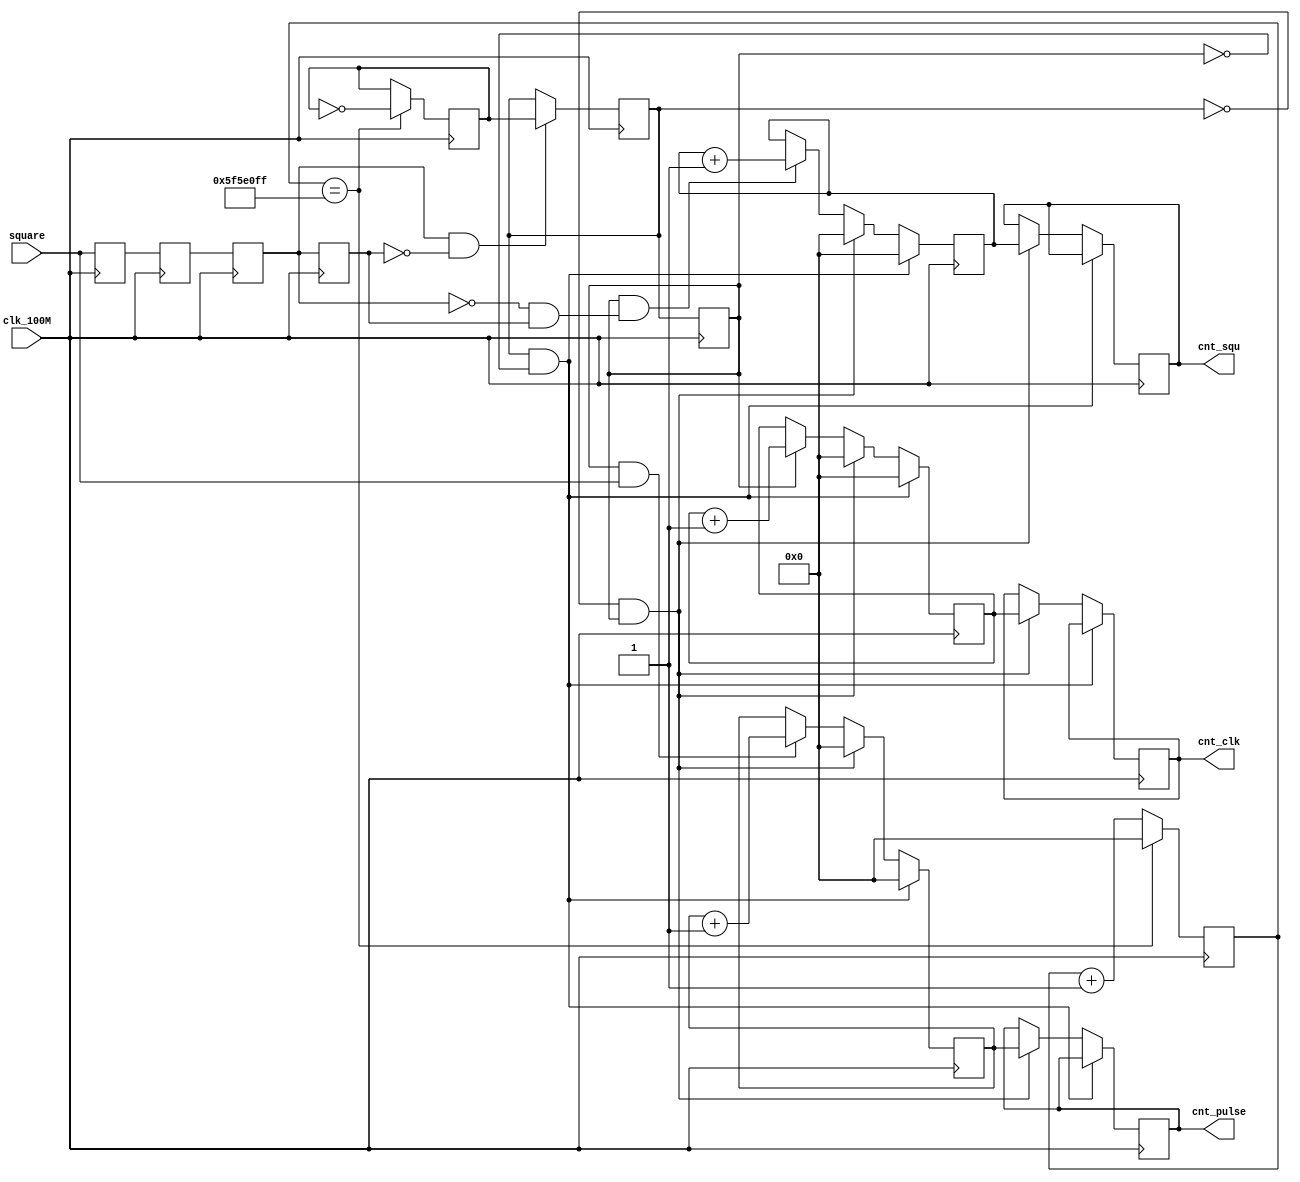
module Freq_measure
(
	input		wire		clk_100M,
	input		wire 		square,
	output	wire		[31:0]	cnt_clk,			//
	output	wire		[31:0]	cnt_squ,			//
	output	wire		[31:0]	cnt_pulse			//
);

//
reg	square_r0 = 1'b0;
reg	square_r1 = 1'b0;
always@(posedge clk_100M)
begin
	square_r0 <= square;
	square_r1 <= square_r0;	//
end

//
reg	square_r2 = 1'b0;
reg	square_r3 = 1'b0;
wire	square_pose,square_nege;
always@(posedge clk_100M)
begin
	square_r2 <= square_r1;
	square_r3 <= square_r2;
end
assign	square_pose = square_r2 & ~square_r3;
assign	square_nege = ~square_r2 & square_r3;

// 1s 
reg	[31:0]cnt1 = 32'd0;		// 1s 
reg	gate = 1'b0;				//
always@(posedge clk_100M)
begin
	if(cnt1 == 32'd99_999_999)	begin		//***********
		cnt1 <= 32'd0;
		gate <= ~gate;
	end
	else	begin
		cnt1 <= cnt1+1'b1;
	end
end

//
reg	gatebuf = 1'b0;
always@(posedge clk_100M)
begin
	if(square_pose == 1'b1)
		gatebuf <= gate;		//
end
reg	gatebuf1 = 1'b0;		//
always@(posedge clk_100M)
begin
		gatebuf1 <= gatebuf;
end

wire	gate_start;
wire	gate_end;
assign	gate_start = gatebuf & ~gatebuf1;		//
assign	gate_end   = ~gatebuf & gatebuf1;		//

//
reg	[31:0] cnt2  = 32'd0;
reg	[31:0] cnt2_r = 32'd0;
always@(posedge clk_100M)
begin
	if(gate_start == 1'b1) begin
		cnt2 <= 32'd0;
	end
	else if(gate_end == 1'b1) begin
		cnt2_r <= cnt2;
		cnt2   <= 32'd0;		//cnt2_r
	end
	else if(gatebuf1 == 1'b1) begin		//
		cnt2 <= cnt2 + 1'b1;
	end
end
assign	cnt_clk = cnt2_r;

//
reg	[31:0] cnt3 = 32'd0;
reg	[31:0] cnt3_r = 32'd0;
always@(posedge clk_100M)
begin
	if(gate_start == 1'b1) begin
		cnt3 <= 32'd0;
	end
	else if(gate_end == 1'b1) begin
		cnt3_r <= cnt3;
		cnt3   <= 32'd0;
	end
	else if(gatebuf1 == 1'b1 && square_nege == 1'b1) begin	//
		cnt3 <= cnt3 + 1'b1;
	end
end
assign	cnt_squ = cnt3_r;

//
reg	[31:0]	cnt4 = 32'd0;
reg	[31:0]	cnt4_r = 32'd0;
always@(posedge clk_100M)
begin	
	if(gate_start == 1'b1)	begin
		cnt4 <= 32'd0;
	end
	else if(gate_end == 1'b1)	begin
		cnt4_r <= cnt4;
		cnt4   <= 32'd0;
	end
	else if(gatebuf1 == 1'b1 && square == 1'b1)	begin
		cnt4 <= cnt4 + 1'b1;
	end
end
assign	cnt_pulse = cnt4_r;

endmodule